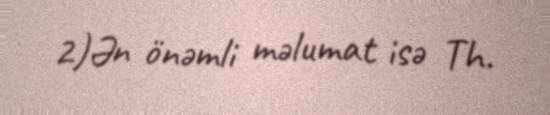
2)Ən önəmli məlumat isə Th.